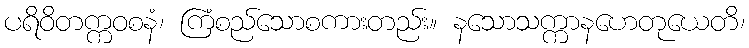
ပရိဝိတက္ကဝစနံ၊ ကြံစည်သောစကားတည်း။ နသောသက္ကာနဟေတုယေတိ၊